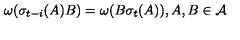
\omega ( \sigma _ { t - i } ( A ) B ) = \omega ( B \sigma _ { t } ( A ) ) , A , B \in \mathcal { A }